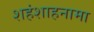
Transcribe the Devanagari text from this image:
शहंशाहनामा